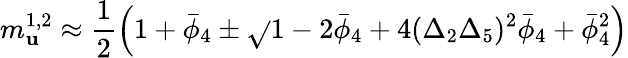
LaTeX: m_{\mathbf{u}}^{1,2}\approx\frac{{1}}{{2}}\left(1+{\bar{{\phi}}}_{4}\pm\sqrt{}{{1-2{\bar{{\phi}}}_{4}+4(\Delta_{2}\Delta_{5})^{2}{\bar{{\phi}}}_{4}+{\bar{{\phi}}}_{4}^{2}}}\right)